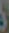
)